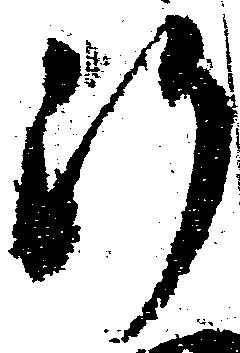
行